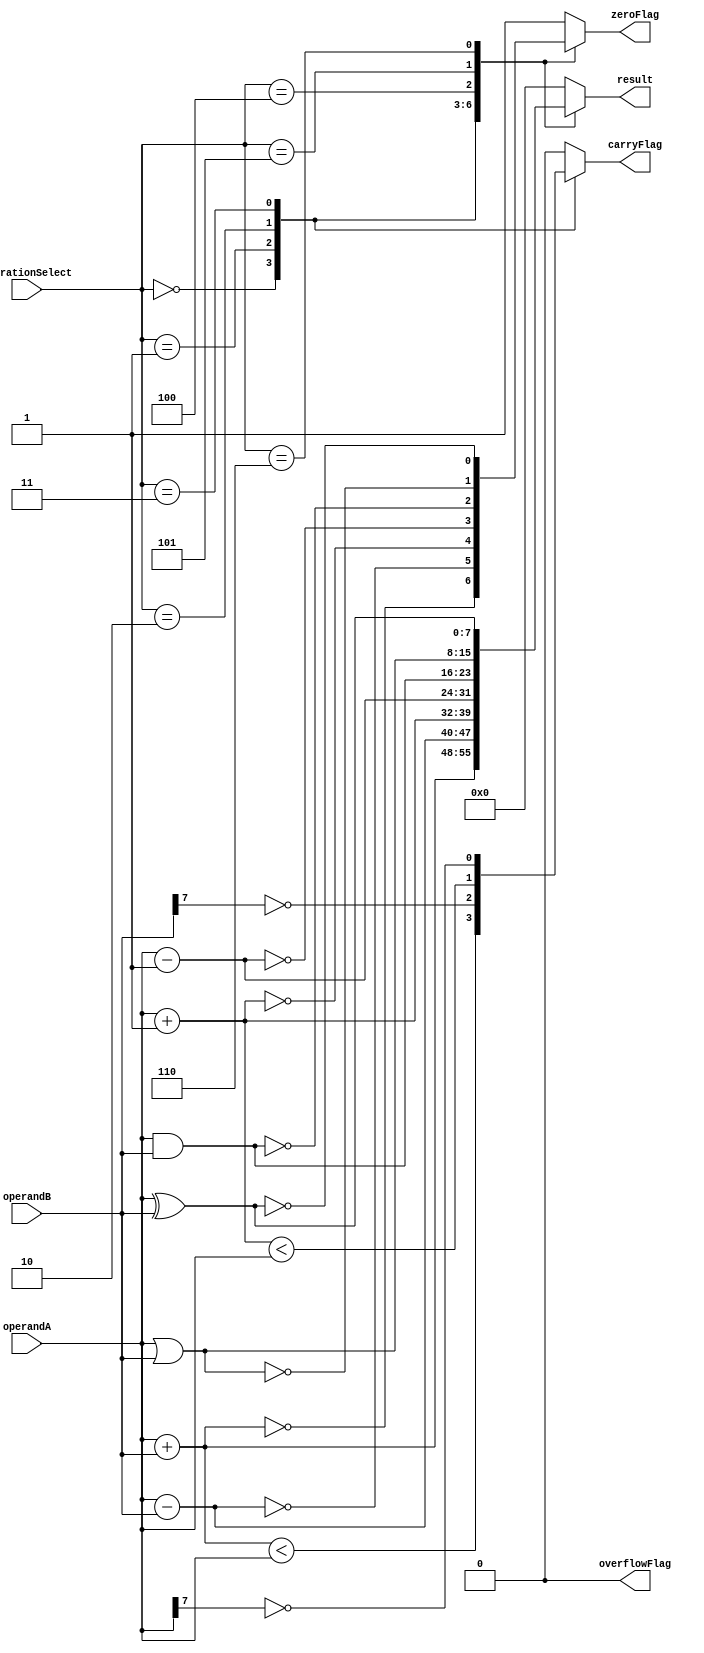
module ALU (
    input [7:0] operandA,
    input [7:0] operandB,
    input [2:0] operationSelect,
    output reg [7:0] result,
    output reg zeroFlag,
    output reg carryFlag,
    output reg overflowFlag
);

always @(*) begin
    case(operationSelect)
        3'b000: begin // Add operation
            result = operandA + operandB;
            zeroFlag = (result == 8'b00000000);
            carryFlag = (result < operandA);
            overflowFlag = 0;
        end

        3'b001: begin // Subtract operation
            result = operandA - operandB;
            zeroFlag = (result == 8'b00000000);
            carryFlag = ~operandB[7];
            overflowFlag = 0;
        end

        3'b010: begin // Increment operation
            result = operandA + 1;
            zeroFlag = (result == 8'b00000000);
            carryFlag = (result < operandA);
            overflowFlag = 0;
        end

        3'b011: begin // Decrement operation
            result = operandA - 1;
            zeroFlag = (result == 8'b00000000);
            carryFlag = ~operandA[7];
            overflowFlag = 0;
        end

        3'b100: begin // Bitwise AND operation
            result = operandA & operandB;
            zeroFlag = (result == 8'b00000000);
            carryFlag = 0;
            overflowFlag = 0;
        end
        
        3'b101: begin // Bitwise OR operation
            result = operandA | operandB;
            zeroFlag = (result == 8'b00000000);
            carryFlag = 0;
            overflowFlag = 0;
        end

        3'b110: begin // Bitwise XOR operation
            result = operandA ^ operandB;
            zeroFlag = (result == 8'b00000000);
            carryFlag = 0;
            overflowFlag = 0;
        end

        default: begin
            result = 8'b00000000;
            zeroFlag = 1;
            carryFlag = 0;
            overflowFlag = 0;
        end
    endcase
end

endmodule